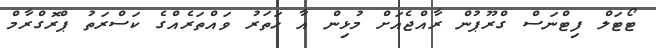
ޓޯޓަލް ފިޓްނަސް ގްރޫޕުން ރާއްޖެއަށް މުޅިން އާ ހަތަރު ވައްތަރެއްގެ ކަސްރަތު ޕްރޮގްރާމް